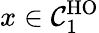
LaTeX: x\in\mathcal{C}_{1}^{\mathrm{HO}}